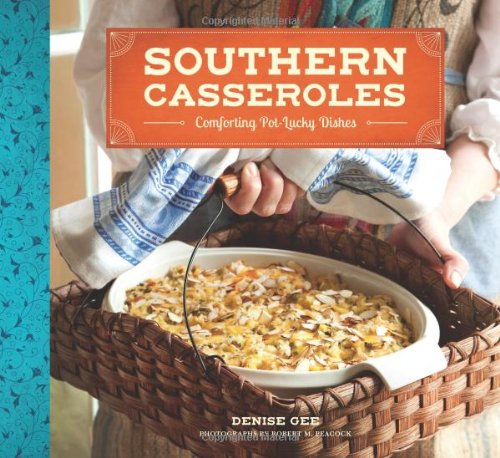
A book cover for Southern Casseroles: Comforting Pot-Lucky Dishes; Denise Gee; Cookbooks, Food & Wine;